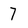
Character: 7